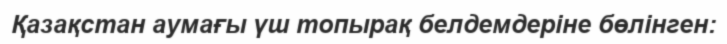
Қазақстан аумағы үш топырақ белдемдеріне бөлінген: